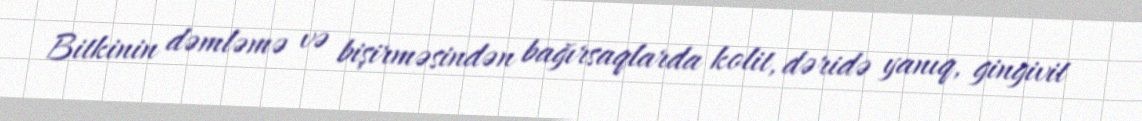
Bitkinin dəmləmə və bişirməsindən bağırsaqlarda kolit, dəridə yanıq, gingivit